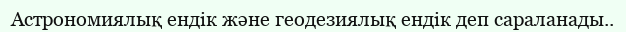
Астрономиялық ендік және геодезиялық ендік деп сараланады..